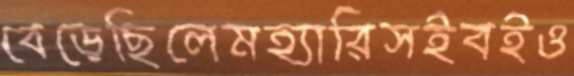
বেড়েছিলেমহ্যারিসইবইও